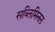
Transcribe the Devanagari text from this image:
सब्लिमिनल